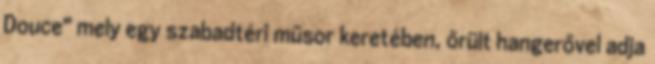
Douce" mely egy szabadtéri műsor keretében, őrült hangerővel adja